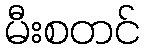
မီးစတင်